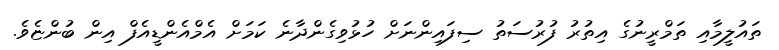
ތައުލީމާއި ތަމްރީނުގެ އިތުރު ފުރުސަތު ސިފައިންނަށް ހުޅުވިގެންދާނެ ކަމަށް އެމްއެންޑީއެފް އިން ބުންޏެވެ.